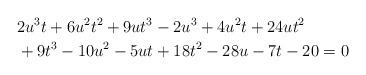
LaTeX: \begin{align*}& 2u^3t+6u^2t^2+9ut^3-2u^3+4u^2t+24ut^2 \\& +9t^3-10u^2-5ut+18t^2-28u-7t-20=0\end{align*}